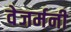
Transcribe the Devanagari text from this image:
वेजर्मनी